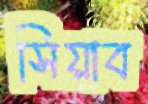
সিয়াব